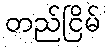
တည်ငြိမ်